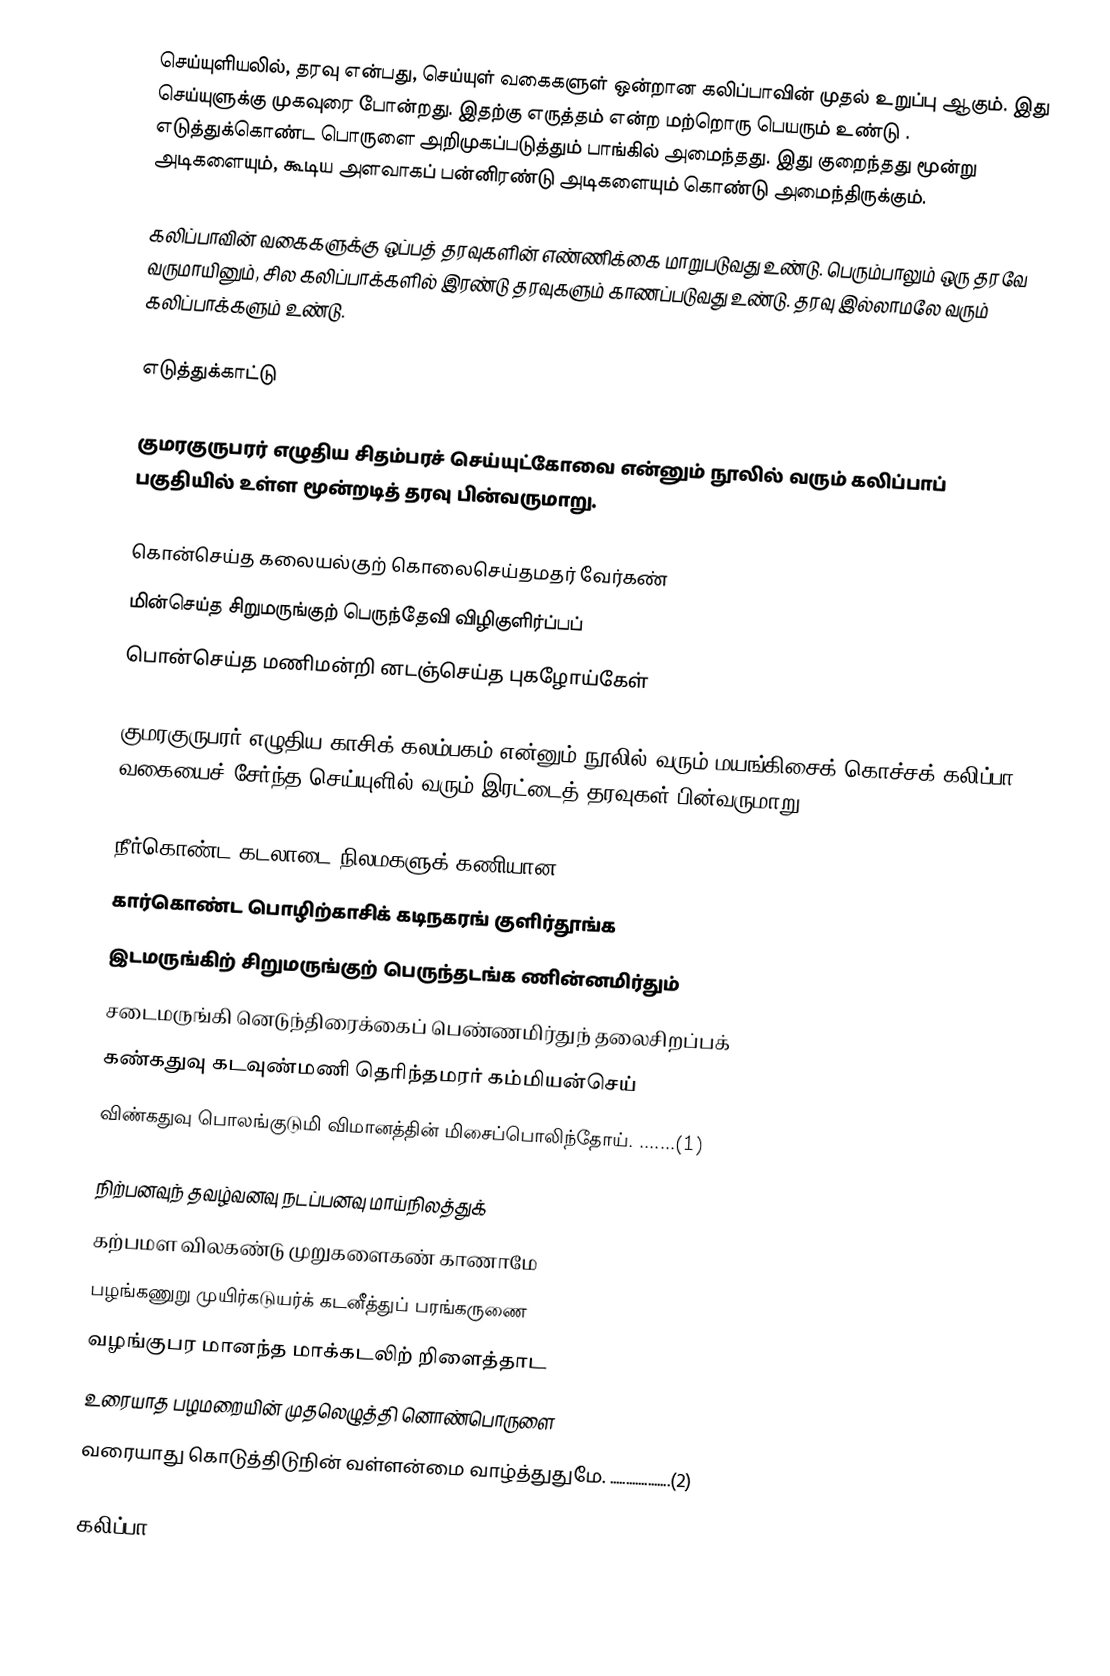
செய்யுளியலில், தரவு என்பது, செய்யுள் வகைகளுள் ஒன்றான கலிப்பாவின் முதல் உறுப்பு ஆகும். இது செய்யுளுக்கு முகவுரை போன்றது. இதற்கு எருத்தம் என்ற மற்றொரு பெயரும் உண்டு . எடுத்துக்கொண்ட பொருளை அறிமுகப்படுத்தும் பாங்கில் அமைந்தது. இது குறைந்தது மூன்று அடிகளையும், கூடிய அளவாகப் பன்னிரண்டு அடிகளையும் கொண்டு அமைந்திருக்கும்.

கலிப்பாவின் வகைகளுக்கு ஒப்பத் தரவுகளின் எண்ணிக்கை மாறுபடுவது உண்டு. பெரும்பாலும் ஒரு தரவே வருமாயினும், சில கலிப்பாக்களில் இரண்டு தரவுகளும் காணப்படுவது உண்டு. தரவு இல்லாமலே வரும் கலிப்பாக்களும் உண்டு.

எடுத்துக்காட்டு

குமரகுருபரர் எழுதிய சிதம்பரச் செய்யுட்கோவை என்னும் நூலில் வரும் கலிப்பாப் பகுதியில் உள்ள மூன்றடித் தரவு பின்வருமாறு.

 கொன்செய்த கலையல்குற் கொலைசெய்தமதர் வேர்கண்
 மின்செய்த சிறுமருங்குற் பெருந்தேவி விழிகுளிர்ப்பப்
 பொன்செய்த மணிமன்றி னடஞ்செய்த புகழோய்கேள்

குமரகுருபரர் எழுதிய காசிக் கலம்பகம் என்னும் நூலில் வரும் மயங்கிசைக் கொச்சக் கலிப்பா வகையைச் சேர்ந்த செய்யுளில் வரும் இரட்டைத் தரவுகள் பின்வருமாறு.

 நீர்கொண்ட கடலாடை நிலமகளுக் கணியான
 கார்கொண்ட பொழிற்காசிக் கடிநகரங் குளிர்தூங்க
 இடமருங்கிற் சிறுமருங்குற் பெருந்தடங்க ணின்னமிர்தும்
 சடைமருங்கி னெடுந்திரைக்கைப் பெண்ணமிர்துந் தலைசிறப்பக்
 கண்கதுவு கடவுண்மணி தெரிந்தமரர் கம்மியன்செய்
 விண்கதுவு பொலங்குடுமி விமானத்தின் மிசைப்பொலிந்தோய். .......(1)

 நிற்பனவுந் தவழ்வனவு நடப்பனவு மாய்நிலத்துக்
 கற்பமள விலகண்டு முறுகளைகண் காணாமே
 பழங்கணுறு முயிர்கடுயர்க் கடனீத்துப் பரங்கருணை
 வழங்குபர மானந்த மாக்கடலிற் றிளைத்தாட
 உரையாத பழமறையின் முதலெழுத்தி னொண்பொருளை
 வரையாது கொடுத்திடுநின் வள்ளன்மை வாழ்த்துதுமே. ...................(2)

கலிப்பா